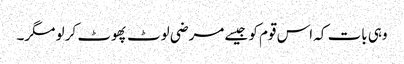
وہی بات کہ اس قوم کو جیسے مرضی لوٹ پھوٹ کر لو مگر۔